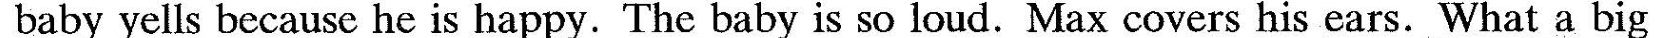
baby yells because he is happy. The baby is so loud. Max covers his ears. What a big